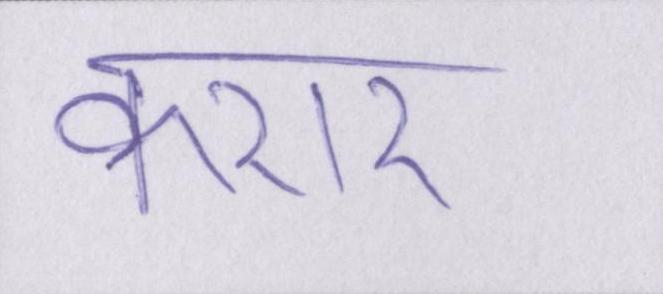
करार